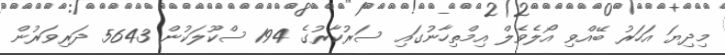
މިދިޔަ އަހަރު ބޭއްވި އޯލެވެލް އިމްތިހާނުގައި ސަރުކާރުގެ 194 ސްކޫލަކުން 5643 ދަރިވަރުން